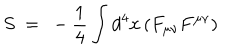
LaTeX: S ~ = ~ - { \frac { 1 } { 4 } } \int d ^ { 4 } x \left( F _ { \mu \nu } F ^ { \mu \nu } \right)